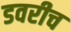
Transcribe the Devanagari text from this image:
डवरीच